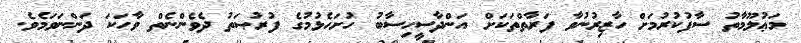
މަޢުލޫމާތު ސާފުކުރުމަށް ހާޒިރުނުވާ ފަރާތްތަކަށް އަންދާސީހިސާބު ހުށަހެޅުމުގެ ފުރުޞަތު ދެވެންނެތް ވާހަކަ ދަންނަވަމެވެ.